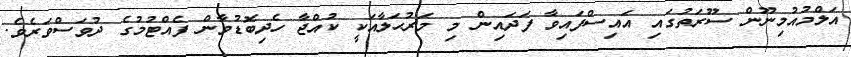
އަލްމުއުމިނޫން ސޫރަތުގައި އައިސްފައިވާ ފަދައިން މި މަރުޙަލާއަކީ ކުއްޖާ ހެދިބޮޑުވާން ފެއްޓުމުގެ ދުވަސްވަރެވެ.